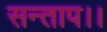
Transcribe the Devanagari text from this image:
सन्‍ताप।।